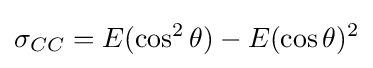
\sigma _{CC}=E(\cos ^{2}\theta )-E(\cos \theta )^{2}